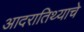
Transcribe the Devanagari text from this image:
आदरातिथ्याचे